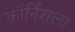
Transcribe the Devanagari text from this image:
कॉर्निशला